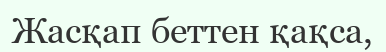
Жасқап беттен қақса,